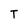
Character: T